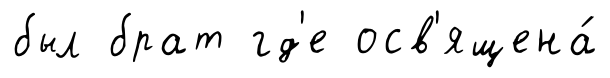
был брат гд'е осв'ящена́